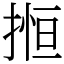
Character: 搄